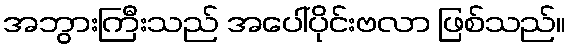
အဘွားကြီးသည် အပေါ်ပိုင်းဗလာ ဖြစ်သည်။